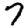
Digit: 7